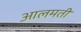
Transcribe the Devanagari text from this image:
आलमती